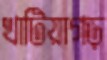
খাটিয়াগড়